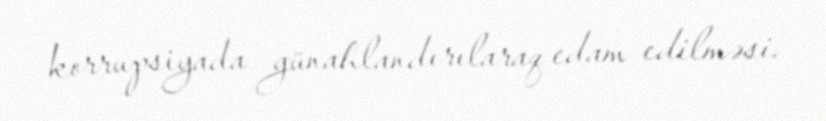
korrupsiyada günahlandırılaraq edam edilməsi.